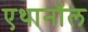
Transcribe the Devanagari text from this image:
एथानॉल